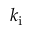
k _ { \mathrm { i } }